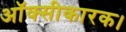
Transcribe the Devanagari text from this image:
ऑक्सीकारक।